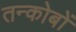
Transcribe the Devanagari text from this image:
तन्कोबों